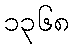
၁၃၆၈